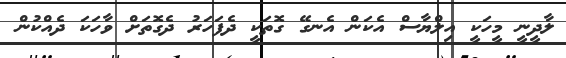
ލާދީނީ މީހަކީ އިލްޔާސް އެކަން އެނގޭ ގޮތަކީ ދެފަހަރު ދެގޮތަށް ވާހަކަ ދެއްކުން